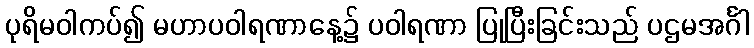
ပုရိမဝါကပ်၍ မဟာပဝါရဏာနေ့၌ ပဝါရဏာ ပြုပြီးခြင်းသည် ပဌမအင်္ဂါ